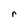
Character: r